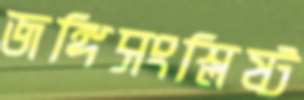
জঙ্গিসংশ্লিষ্ট